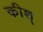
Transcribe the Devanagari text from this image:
कीश्